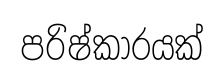
පරිෂ්කාරයක්